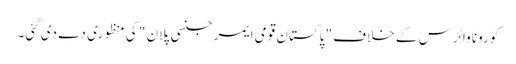
کورونا وائرس کے خلاف " پاکستان قومی ایمرجنسی پلان " کی منظوری دے دی گئی۔